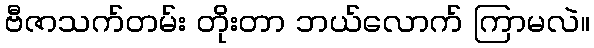
ဗီဇာသက်တမ်း တိုးတာ ဘယ်လောက် ကြာမလဲ။